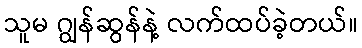
သူမ ဂျွန်ဆွန်နဲ့ လက်ထပ်ခဲ့တယ်။